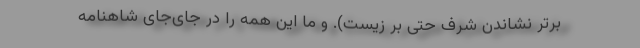
برتر نشاندن شرف حتی بر زیست). و ما این همه را در جای‌جای شاهنامه